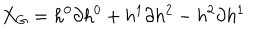
X _ { G } = h ^ { 0 } \partial { h ^ { 0 } } + h ^ { 1 } \partial { h ^ { 2 } } - h ^ { 2 } \partial { h ^ { 1 } }